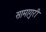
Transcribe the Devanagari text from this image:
सामागुरी